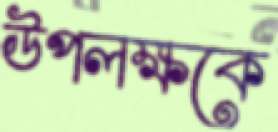
উপলক্ষকে